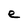
Character: e